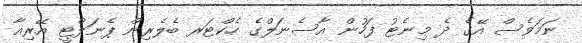
ނަމަވެސް އޭގެ ދެ މިނެޓު ފަހުން އާސެނަލްގެ ހެކްޓަރ ބެލެރިން ޕެނަލްޓީ އޭރިއާ